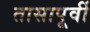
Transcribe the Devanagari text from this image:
तासापूर्वी